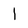
Character: 1